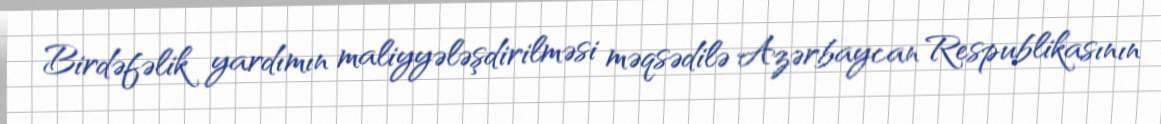
Birdəfəlik yardımın maliyyələşdirilməsi məqsədilə Azərbaycan Respublikasının